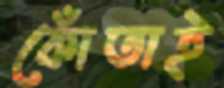
কোঁতাই